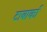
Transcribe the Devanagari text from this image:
टाबार्का